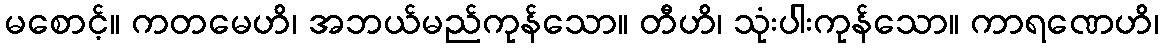
မစောင့်။ ကတမေဟိ၊ အဘယ်မည်ကုန်သော။ တီဟိ၊ သုံးပါးကုန်သော။ ကာရဏေဟိ၊